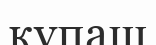
құпаш